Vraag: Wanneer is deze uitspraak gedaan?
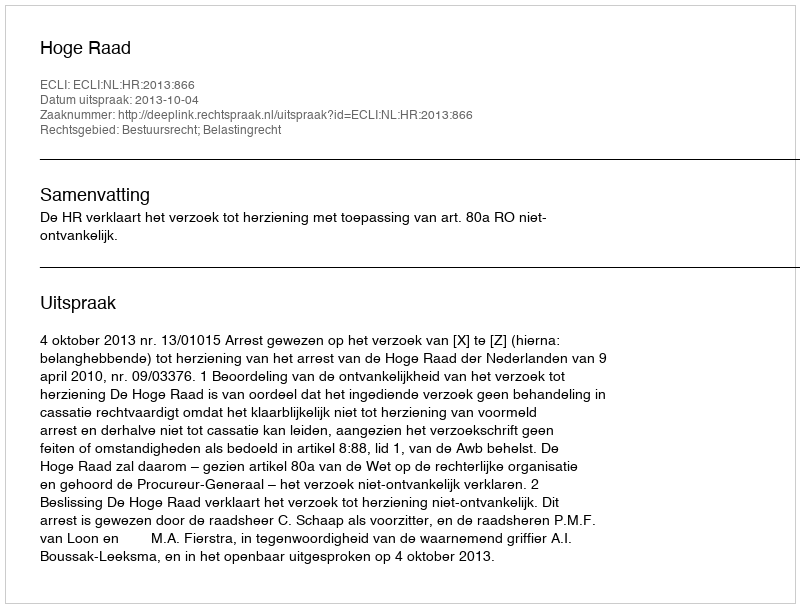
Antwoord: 2013-10-04